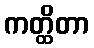
ကတ္ထိတာ